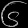
Digit: ၆